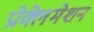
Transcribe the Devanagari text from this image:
प्रोक्लेमेशन